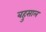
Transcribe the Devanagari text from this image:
बहुसाल